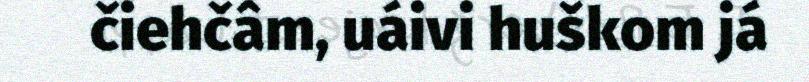
čiehčâm, uáivi huškom já